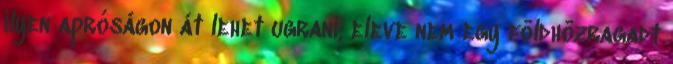
ilyen apróságon át lehet ugrani, eleve nem egy földhözragadt